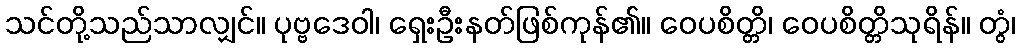
သင်တို့သည်သာလျှင်။ ပုဗ္ဗဒေဝါ၊ ရှေးဦးနတ်ဖြစ်ကုန်၏။ ဝေပစိတ္တိ၊ ဝေပစိတ္တိသုရိန်။ တွံ၊